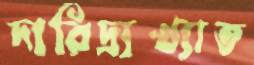
দারিদ্র্যখ্যাত